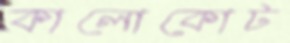
কালোকোট